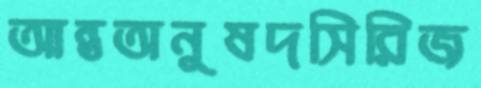
আন্তঅনুষদসিরিজ